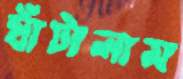
ঘাঁটালাম